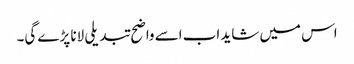
اس میں شاید اب اسے واضح تبدیلی لانا پڑے گی۔